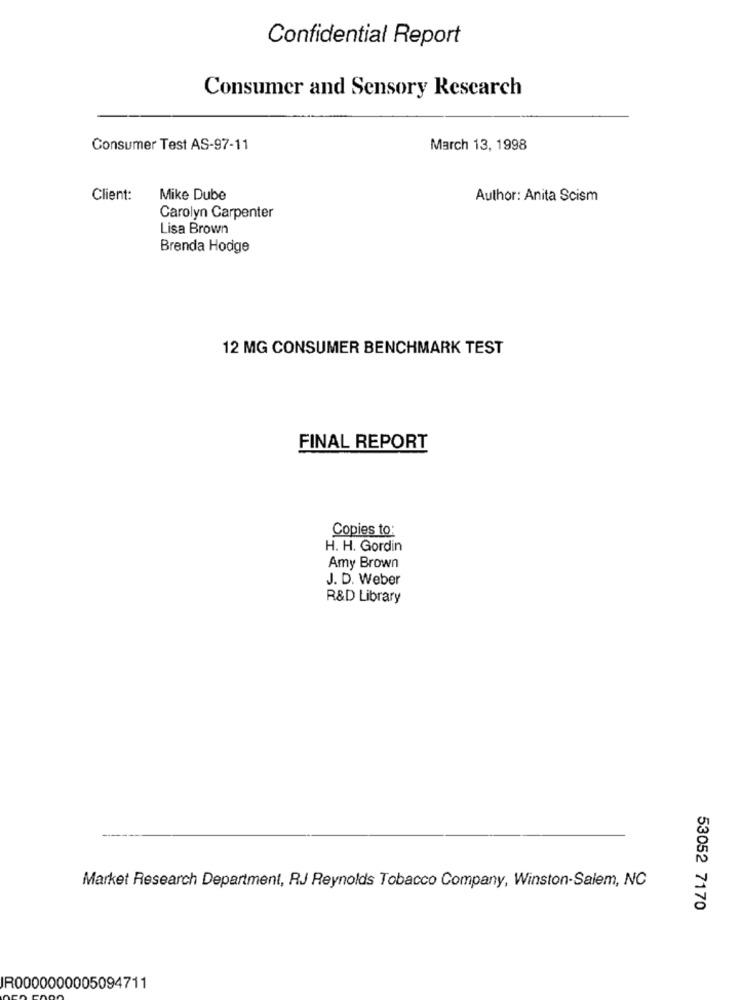
Confidential Report
Consumer and Sensory Research
Consumer Test AS-97-11
March 13, 1998
Client:
Mike Dube
Author: Anita Scism
Carolyn Carpenter
Lisa Brown
Brenda Hodge
12 MG CONSUMER BENCHMARK TEST
FINAL REPORT
Copies to:
H. H. Gordin
Amy Brown
J. D. Weber
R&D Library
Market Research Department, RJ Reynolds Tobacco Company, Winston-Salem, NC
53052 7170
IR0000000005094711